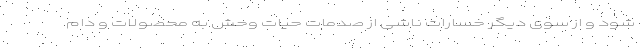
شود و از سوی دیگر خسارات ناشی از صدمات حیات وحش به محصولات و دام